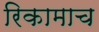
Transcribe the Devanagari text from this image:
रिकामाच